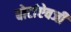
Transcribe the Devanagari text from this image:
बोटांऐवजी